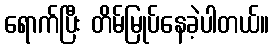
ရောက်ပြီး တိမ်မြုပ်နေခဲ့ပါတယ်။